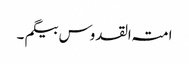
امتہ القدوس بیگم ۔